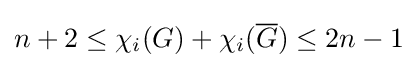
n+2\leq \chi _{i}(G)+\chi _{i}({\overline {G}})\leq 2n-1